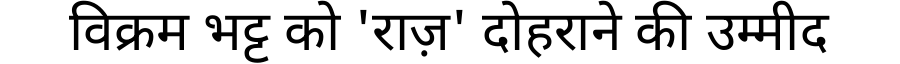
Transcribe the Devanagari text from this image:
विक्रम भट्ट को 'राज़' दोहराने की उम्मीद